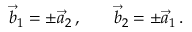
\begin{array} { r l r } { \vec { b } _ { 1 } = \pm \vec { a } _ { 2 } \, , } & { { } } & { \vec { b } _ { 2 } = \pm \vec { a } _ { 1 } \, . } \end{array}